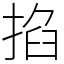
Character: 掐